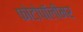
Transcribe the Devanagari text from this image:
फोटोपॉलीमर